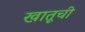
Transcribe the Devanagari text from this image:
खातूची